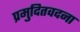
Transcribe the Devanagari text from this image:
प्रमुदितवदना